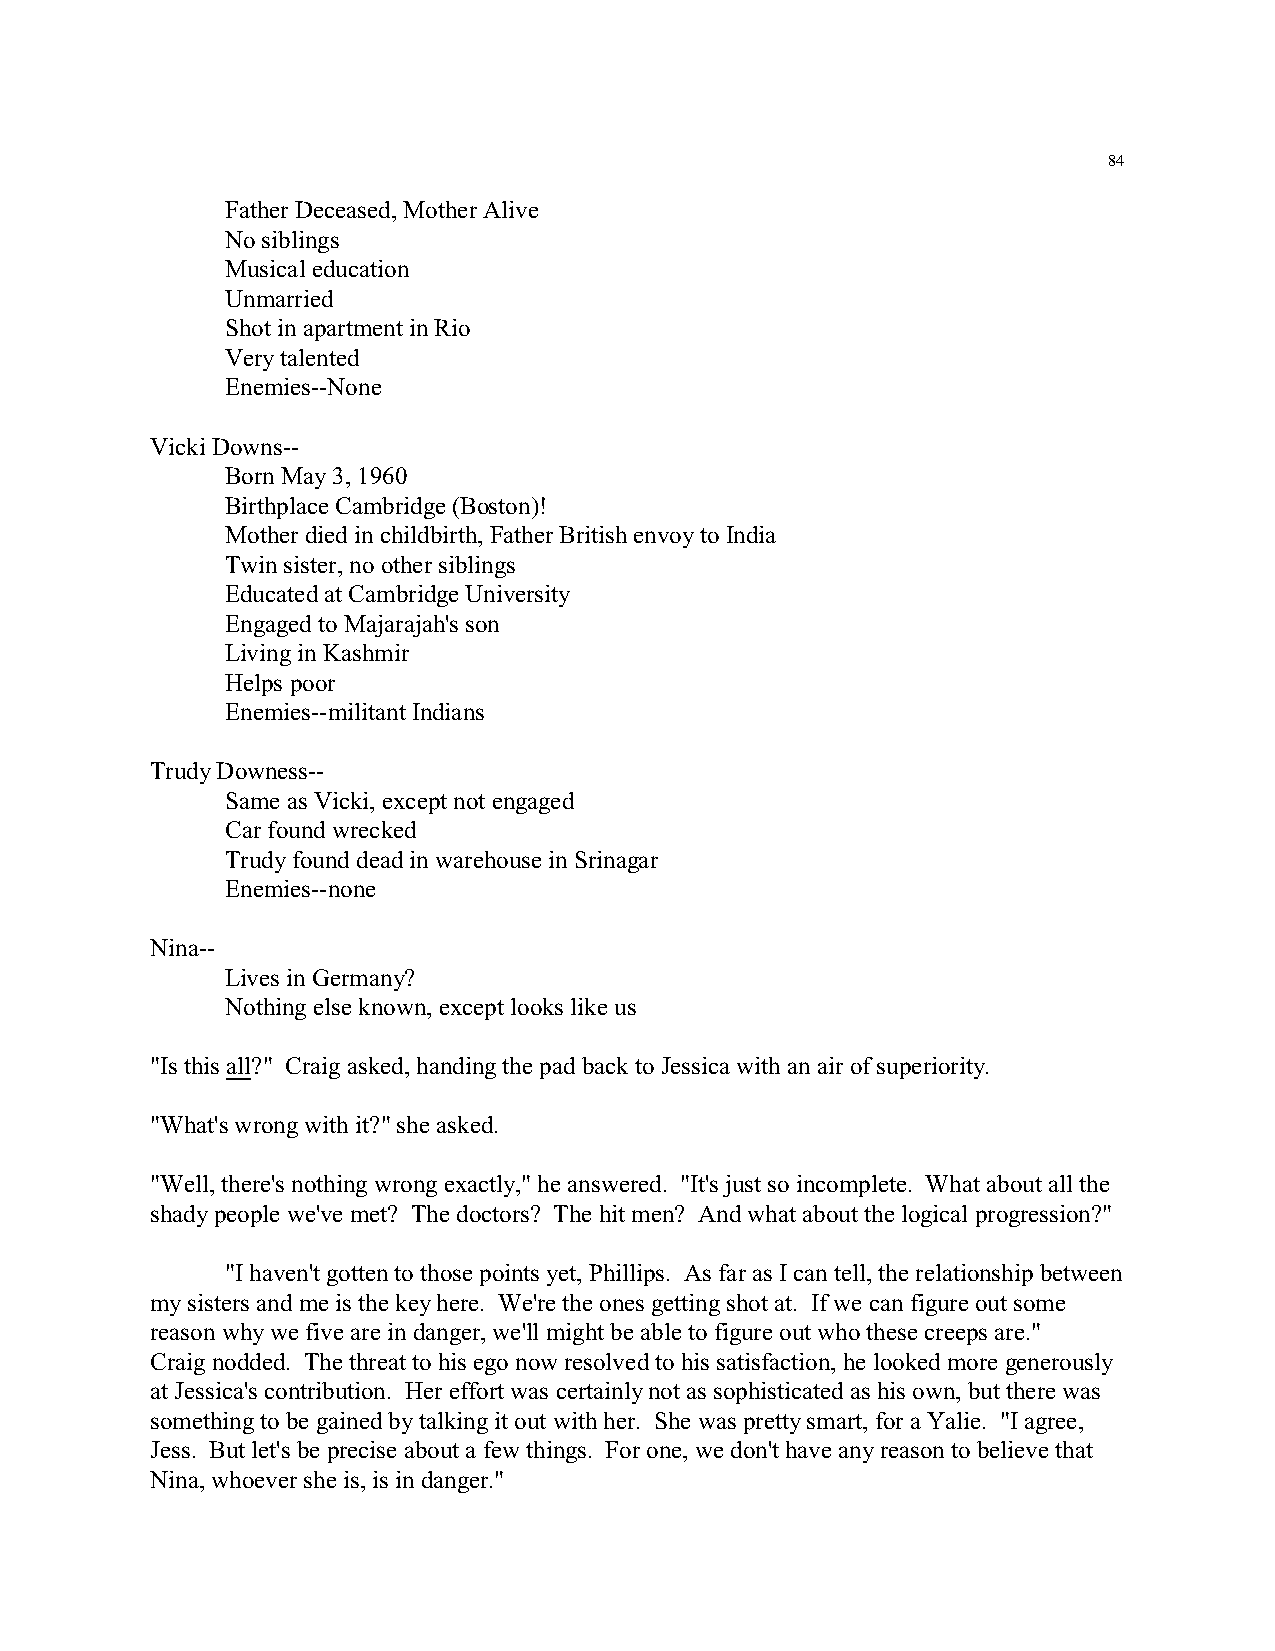
84
 Father Deceased, Mother Alive
 No siblings
 Musical education
 Unmarried
 Shot in apartment in Rio
 Very talented
 Enemies--None
 Vicki Downs--
 Born May 3, 1960
 Birthplace Cambridge (Boston)!
 Mother died in childbirth, Father British envoy to India
 Twin sister, no other siblings
 Educated at Cambridge University
 Engaged to Majarajah's son
 Living in Kashmir
 Helps poor
 Enemies--militant Indians
 Trudy Downess--
 Same as Vicki, except not engaged
 Car found wrecked
 Trudy found dead in warehouse in Srinagar
 Enemies--none
 Nina--
 Lives in Germany?
 Nothing else known, except looks like us
 "Is this all?" Craig asked, handing the pad back to Jessica with an air of superiority.
 "What's wrong with it?" she asked.
 "Well, there's nothing wrong exactly," he answered. "It's just so incomplete. What about all the
 shady people we've met? The doctors? The hit men? And what about the logical progression?"
 "I haven't gotten to those points yet, Phillips. As far as I can tell, the relationship between
 my sisters and me is the key here. We're the ones getting shot at. If we can figure out some
 reason why we five are in danger, we'll might be able to figure out who these creeps are."
 Craig nodded. The threat to his ego now resolved to his satisfaction, he looked more generously
 at Jessica's contribution. Her effort was certainly not as sophisticated as his own, but there was
 something to be gained by talking it out with her. She was pretty smart, for a Yalie. "I agree,
 Jess. But let's be precise about a few things. For one, we don't have any reason to believe that
 Nina, whoever she is, is in danger."